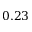
0 . 2 3